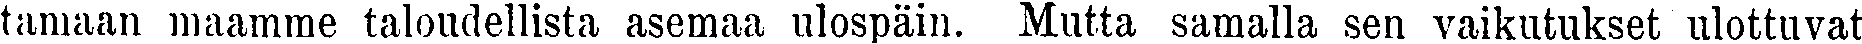
tamaan maamme taloudellista asemaa ulospäin. Mutta samalla sen vaikutukset ulottuvat